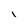
Character: l